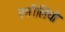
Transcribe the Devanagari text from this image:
एमीलियो